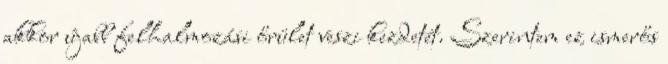
akkor újabb felhalmozási őrület veszi kezdetét. Szerintem ez ismerős